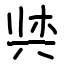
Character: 𫝌